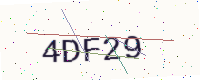
Text: 4DF29